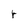
Character: r